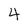
Character: 4